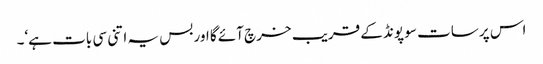
اس پر سات سو پونڈ کے قریب خرچ آئے گا اور بس یہ اتنی سی بات ہے‘۔